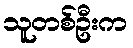
သူတစ်ဦးက